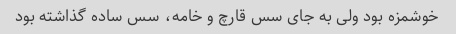
خوشمزه بود ولی به جای سس قارچ و خامه، سس ساده گذاشته بود